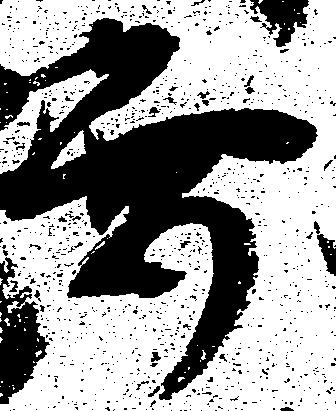
要